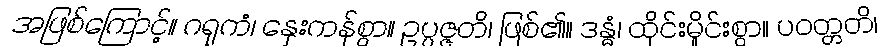
အဖြစ်ကြောင့်။ ဂရုကံ၊ နှေးကန်စွာ။ ဥပ္ပဇ္ဇတိ၊ ဖြစ်၏။ ဒန္ဓံ၊ ထိုင်းမှိုင်းစွာ။ ပဝတ္တတိ၊